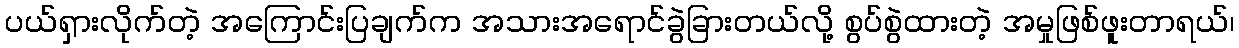
ပယ်ရှားလိုက်တဲ့ အကြောင်းပြချက်က အသားအရောင်ခွဲခြားတယ်လို့ စွပ်စွဲထားတဲ့ အမှုဖြစ်ဖူးတာရယ်၊